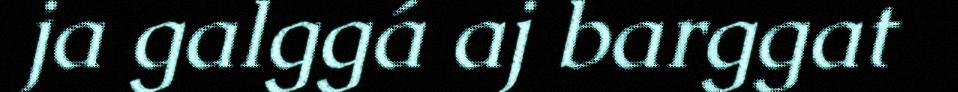
ja galggá aj barggat